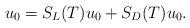
LaTeX: \begin{align*}u_{0}=S_{L}(T)u_{0}+S_{D}(T)u_{0}.\end{align*}